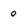
Character: o